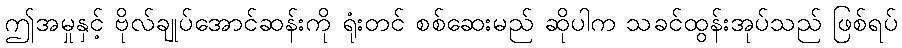
ဤအမှုနှင့် ဗိုလ်ချုပ်အောင်ဆန်းကို ရုံးတင် စစ်ဆေးမည် ဆိုပါက သခင်ထွန်းအုပ်သည် ဖြစ်ရပ်